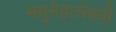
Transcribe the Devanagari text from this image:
मधुमेहासंबंधी